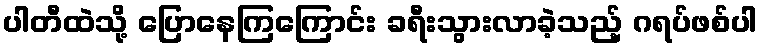
ပါတီထဲသို့ ပြောနေကြကြောင်း ခရီးသွားလာခဲ့သည့် ဂရပ်ဖစ်ပါ